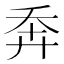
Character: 𢍃